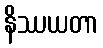
နိဿယတာ